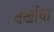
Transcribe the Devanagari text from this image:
वर्खाचा